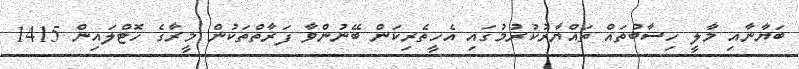
ބަޔާނާއި މާލީ ހިސާބުތައް ތައްޔާރުކުރުމުގައި އެހީތެރިކަން ބޭނުންވާ ފަރާތްތަކުން މީރާގެ ހޮޓްލައިން 1415